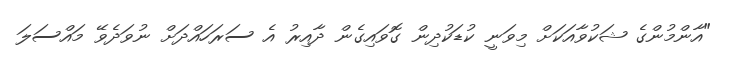
"އާންމުންގެ ޝަކުވާއަކަށް މިވަނީ ކުޑަކުދިން ގޮވައިގެން ދާއިރު އެ ސަރަހައްދަށް ނުވަދެވޭ މައްސަލަ